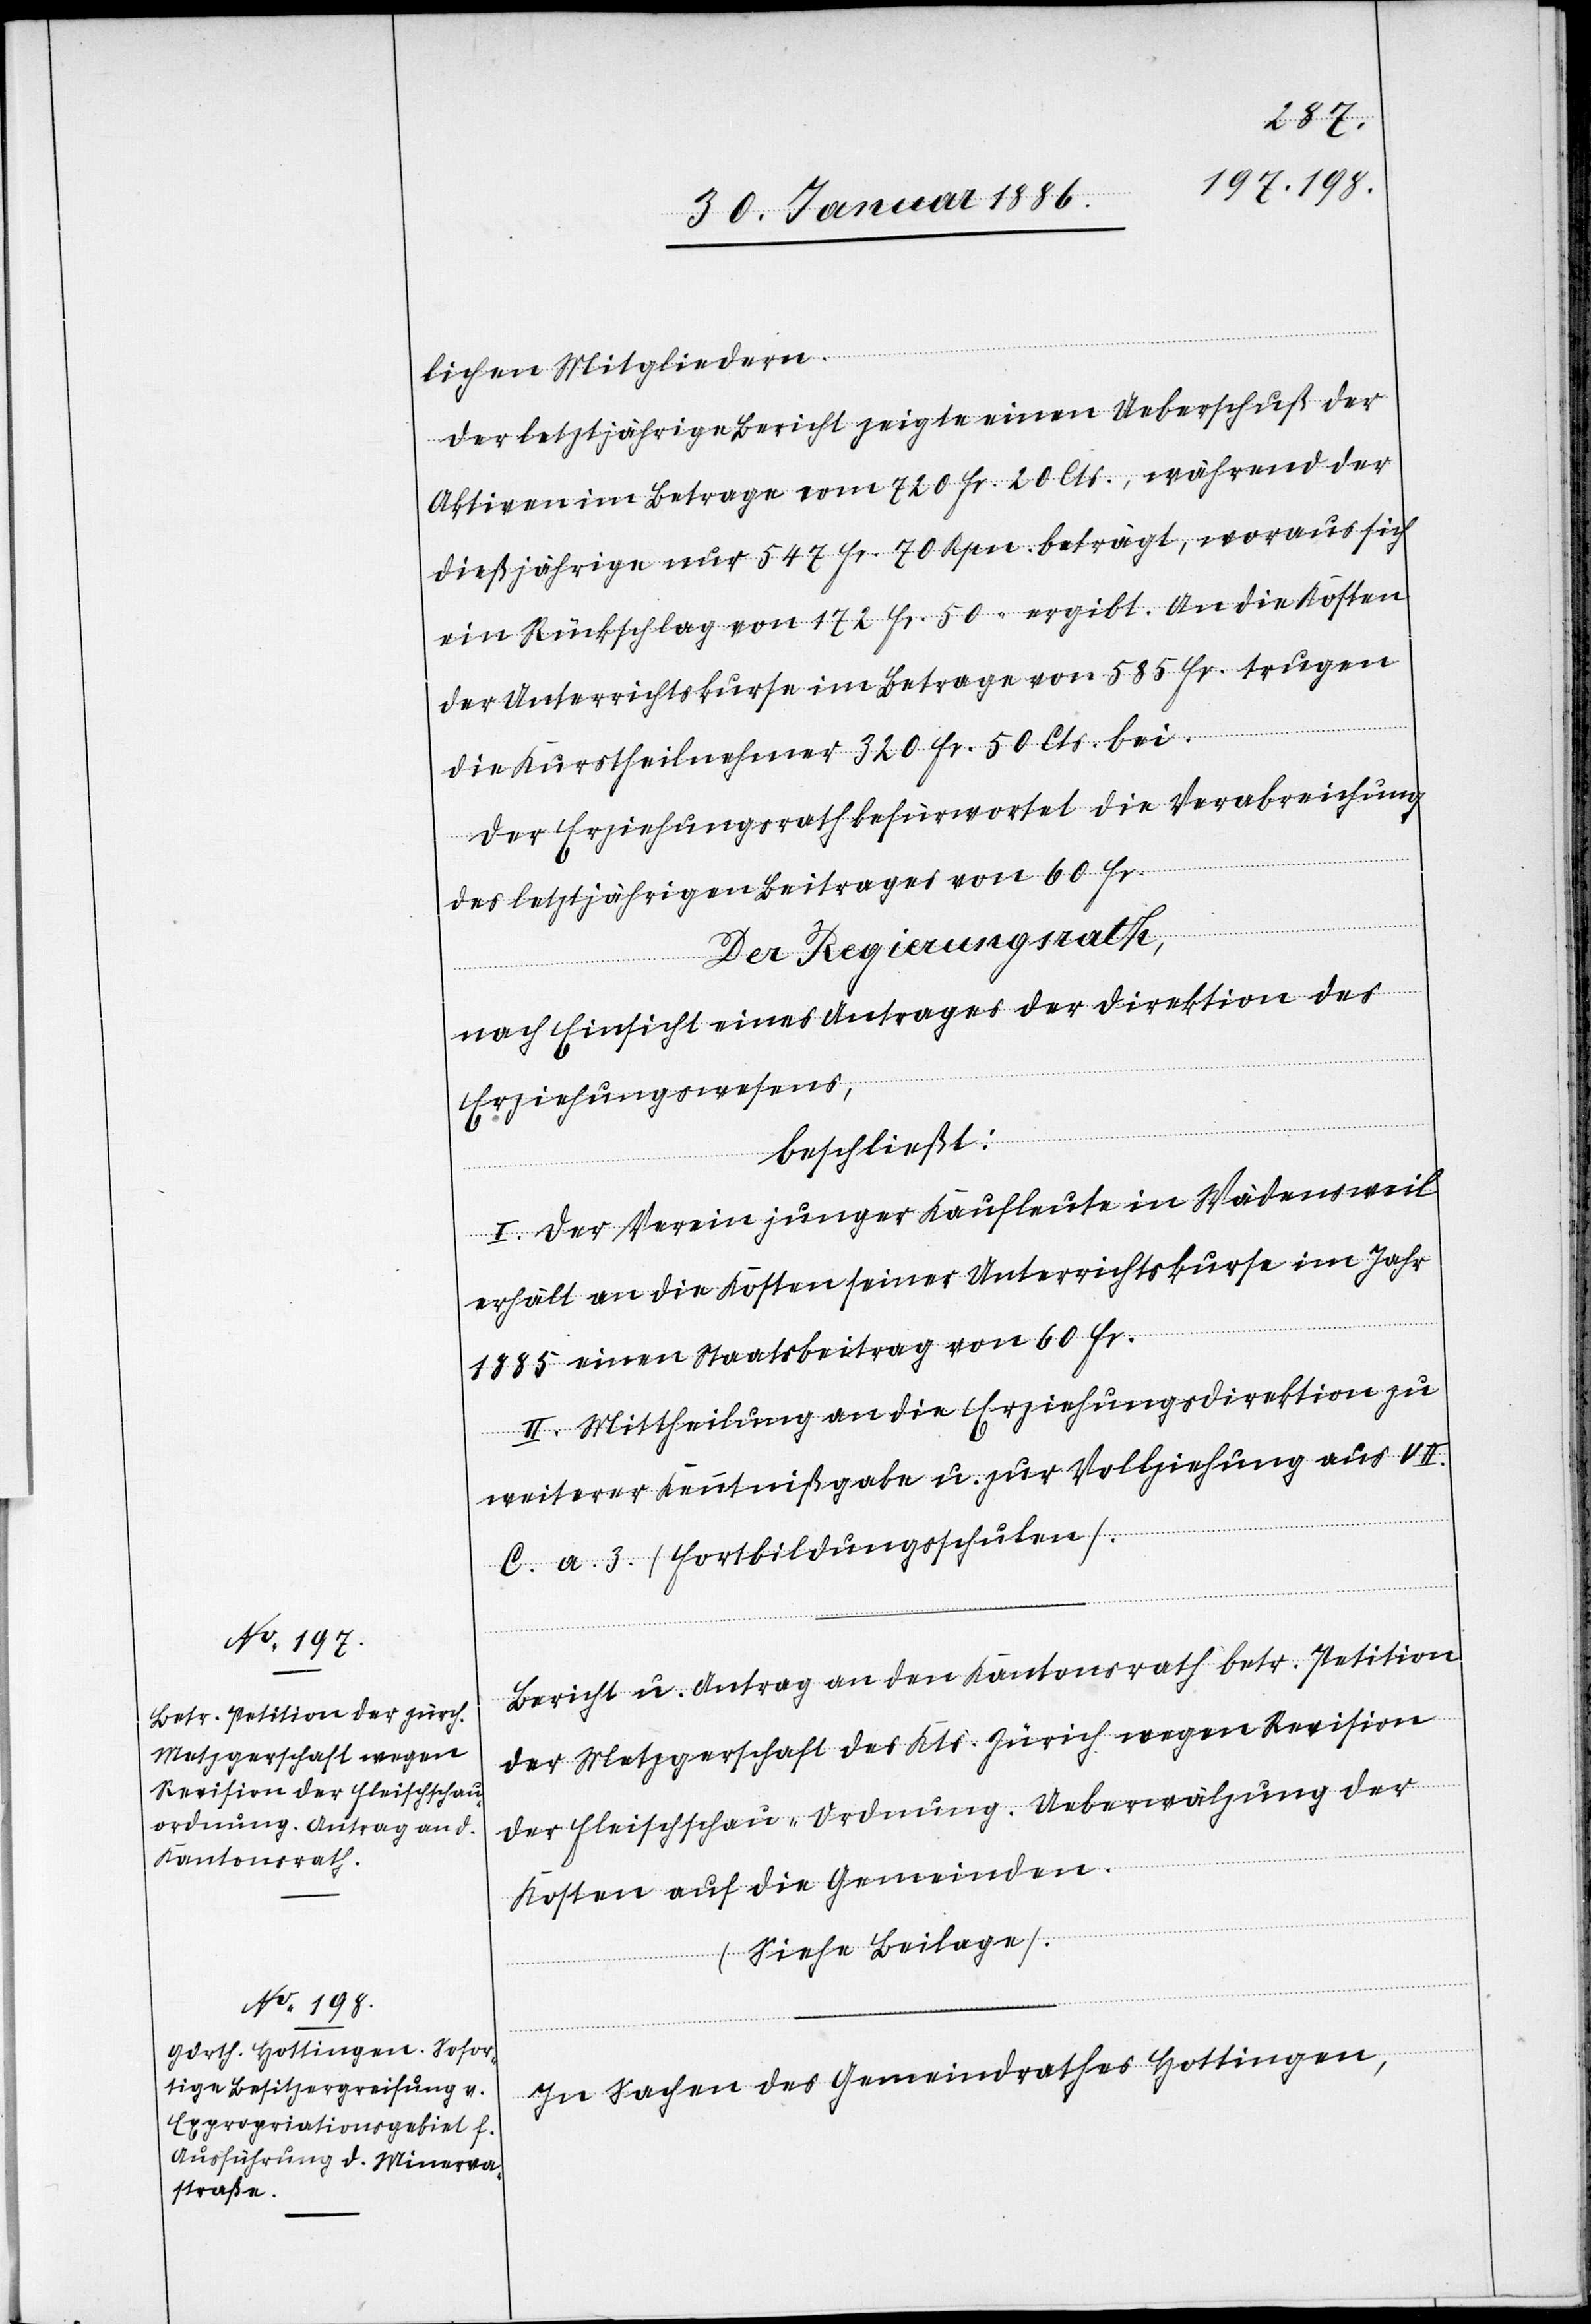
lichen Mitgliedern.
Der letztjährige Bericht zeigte einen Ueberschuß der
Aktiven im Betrage vom 720 Fr. 20 Cts., während der
dießjährige nur 547 Fr. 70 Rpn. beträgt, woraus sich
ein Rückschlag von 172 Fr. 50. ergibt. An die Kosten
der Unterrichtskurse im Betrage von 585 Fr. trugen
die Kursteilnehmer 320 Fr. 50 Cts. bei.
Der Erziehungsrath befürwortet die Verabreichung
des letztjährigen Beitrages von 60 Fr.
Der Regierungsrath,
nach Einsicht eines Antrages der Direktion des
Erziehungswesens,
beschließt:
I. Der Verein junger Kaufleute in Wädensweil
erhält an die Kosten seiner Unterrichtskurse im Jahr
1885 einen Staatsbeitrag von 60 Fr.
II. Mittheilung an die Erziehungsdirektion zu
weitere Kenntnißgabe u. zur Vollziehung aus VII.
C. a. 3. (Fortbildungsschulen).
Bericht und Antrag an den Kantonsrath betr. Petition
der Metzgerschaft des Kts. Zürich wegen Revision
der Fleischhau-Ordnung. Ueberwälzung der
Kosten auf die Gemeinden.
(Siehe Beilage).
In Sachen des Gemeindrathes Hottingen,